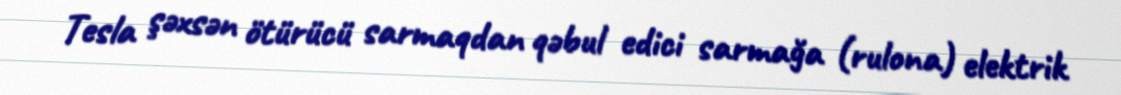
Tesla şəxsən ötürücü sarmaqdan qəbul edici sarmağa (rulona) elektrik